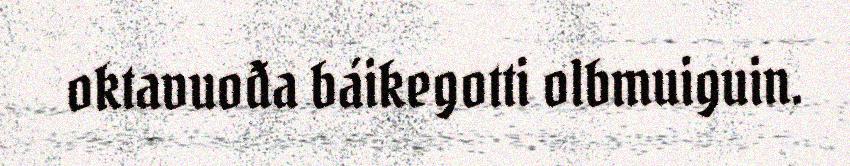
oktavuođa báikegotti olbmuiguin.